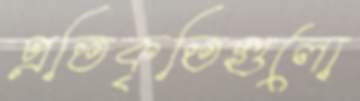
প্রতিকৃতিগুলো